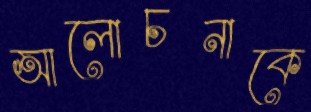
আলোচনাকে